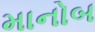
માનોબ